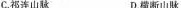
C.祁连山脉 D.横断山脉